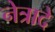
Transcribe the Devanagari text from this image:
नेत्रादे